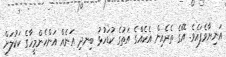
އަނިޔާވެފައެވެ. އޭގެ ތެރެއިން އެކެއްގެ އަތުގެ ކުޑަހުޅު ބިނދި އަނެއް އަންހެންމީހާގެ ކަކުލަށް